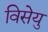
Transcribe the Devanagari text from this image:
विसेयु